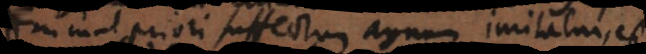
priori suffectum agnum imitatur, est